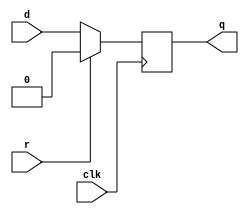
module top_module (
    input clk,
    input d, 
    input r,   // synchronous reset
    output q
);
    // this method works but come with truncated value warning
    // always @ (posedge clk)
    //     q <= r ? 0 : d;
   
    always @ (posedge clk)
        if (r)
            q <= 0;
    	else
            q <= d;

endmodule